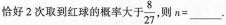
恰好2次取到红球的概率大于 $$\frac { 8 } { 2 7 }$$ 则n=______.